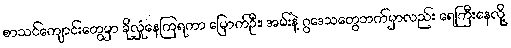
စာသင်ကျောင်းတွေမှာ ခိုလှုံနေကြရကာ မြောက်ဦး၊ အမ်းနဲ့ ဂွဒေသတွေဘက်မှာလည်း ရေကြီးနေလို့